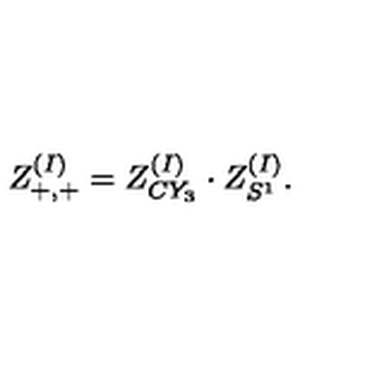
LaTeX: Z _ { + , + } ^ { ( I ) } = Z _ { C Y _ { 3 } } ^ { ( I ) } \cdot Z _ { S ^ { 1 } } ^ { ( I ) } .